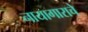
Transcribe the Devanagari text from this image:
नायागाराचे